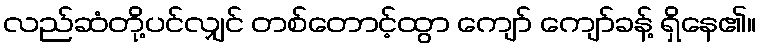
လည်ဆံတို့ပင်လျှင် တစ်တောင့်ထွာ ကျော် ကျော်ခန့် ရှိနေ၏။